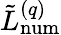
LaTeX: \tilde{L}_{\mathrm{num}}^{(q)}